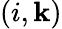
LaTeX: (i,\mathbf{k})